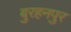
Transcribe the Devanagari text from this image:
बुरहनपुर